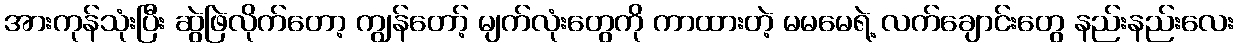
အားကုန်သုံးပြီး ဆွဲဖြဲလိုက်တော့ ကျွန်တော့် မျက်လုံးတွေကို ကာထားတဲ့ မမမေရဲ့ လက်ချောင်းတွေ နည်းနည်းလေး